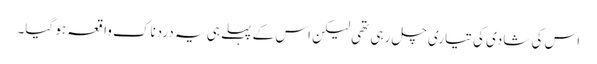
اس کی شادی کی تیاری چل رہی تھی لیکن اس کے پہلے ہی یہ دردناک واقعہ ہو گیا۔